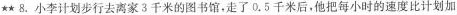
★★8.小李计划步行去离家3千米的图书馆，走了0.5千米后，他把每小时的速度比计划加